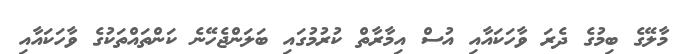
މާލޭގެ ބިމުގެ ދެރަ ވާހަކައާއި އުސް އިމާރާތް ކުރުމުގައި ބަލަންޖެހޭނެ ކަންތައްތަކުގެ ވާހަކައާއި